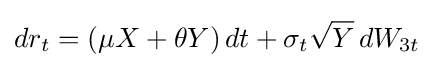
dr_{t}=(\mu X+\theta Y)\,dt+\sigma _{t}{\sqrt {Y}}\,dW_{3t}